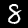
Digit: 8